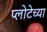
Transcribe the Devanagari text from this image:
प्लोटेच्या